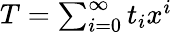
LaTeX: \textstyle T=\sum_{i=0}^{\infty}t_{i}x^{i}